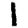
Digit: 1